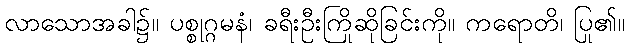
လာသောအခါ၌။ ပစ္စုဂ္ဂမနံ၊ ခရီးဦးကြိုဆိုခြင်းကို။ ကရောတိ၊ ပြု၏။